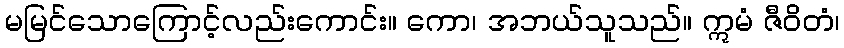
မမြင်သောကြောင့်လည်းကောင်း။ ကော၊ အဘယ်သူသည်။ ဣမံ ဇီဝိတံ၊